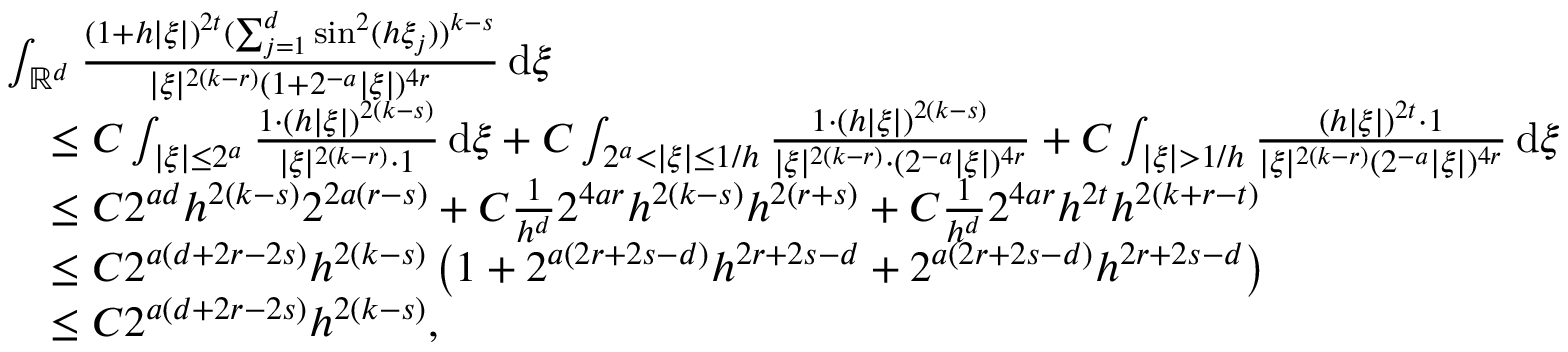
\begin{array} { r l } & { \int _ { \mathbb { R } ^ { d } } \frac { ( 1 + h | \xi | ) ^ { 2 t } ( \sum _ { j = 1 } ^ { d } \sin ^ { 2 } ( h \xi _ { j } ) ) ^ { k - s } } { | \xi | ^ { 2 ( k - r ) } ( 1 + 2 ^ { - a } | \xi | ) ^ { 4 r } } \, \mathrm { d } \xi } \\ & { \quad \le C \int _ { | \xi | \le 2 ^ { a } } \frac { 1 \cdot ( h | \xi | ) ^ { 2 ( k - s ) } } { | \xi | ^ { 2 ( k - r ) } \cdot 1 } \, \mathrm { d } \xi + C \int _ { 2 ^ { a } < | \xi | \le 1 / h } \frac { 1 \cdot ( h | \xi | ) ^ { 2 ( k - s ) } } { | \xi | ^ { 2 ( k - r ) } \cdot ( 2 ^ { - a } | \xi | ) ^ { 4 r } } + C \int _ { | \xi | > 1 / h } \frac { ( h | \xi | ) ^ { 2 t } \cdot 1 } { | \xi | ^ { 2 ( k - r ) } ( 2 ^ { - a } | \xi | ) ^ { 4 r } } \, \mathrm { d } \xi } \\ & { \quad \le C 2 ^ { a d } h ^ { 2 ( k - s ) } 2 ^ { 2 a ( r - s ) } + C \frac { 1 } { h ^ { d } } 2 ^ { 4 a r } h ^ { 2 ( k - s ) } h ^ { 2 ( r + s ) } + C \frac { 1 } { h ^ { d } } 2 ^ { 4 a r } h ^ { 2 t } h ^ { 2 ( k + r - t ) } } \\ & { \quad \le C 2 ^ { a ( d + 2 r - 2 s ) } h ^ { 2 ( k - s ) } \left( 1 + 2 ^ { a ( 2 r + 2 s - d ) } h ^ { 2 r + 2 s - d } + 2 ^ { a ( 2 r + 2 s - d ) } h ^ { 2 r + 2 s - d } \right) } \\ & { \quad \le C 2 ^ { a ( d + 2 r - 2 s ) } h ^ { 2 ( k - s ) } , } \end{array}